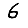
Digit: 6